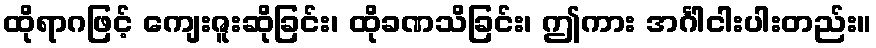
ထိုရာဂဖြင့် ကျေးဇူးဆိုခြင်း၊ ထိုခဏသိခြင်း၊ ဤကား အင်္ဂါငါးပါးတည်း။